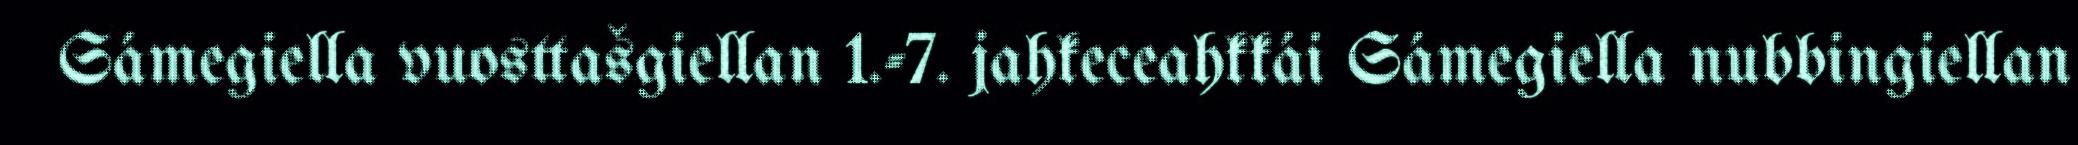
Sámegiella vuosttašgiellan 1.-7. jahkeceahkkái Sámegiella nubbingiellan